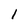
Character: l